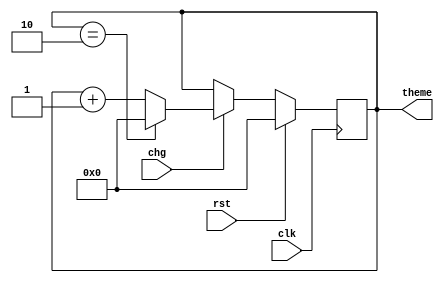
`timescale 1ns / 1ps
//////////////////////////////////////////////////////////////////////////////////
// Company: 
// Engineer: 
// 
// Design Name: 
// Module Name: vga_theme_ctrl
// Project Name: 
// Target Devices: 
// Tool Versions: 
// Description: 
// 
// Dependencies: 
// 
// Revision:
// Revision 0.01 - File Created
// Additional Comments:
// 
//////////////////////////////////////////////////////////////////////////////////


// 2'b00 dark 2'b01 bright 2'b10 costum

module vga_theme_ctrl(clk, rst, chg, theme);
input clk, rst, chg;
output reg [3:0] theme;

reg [3:0]n_theme;

always@(posedge clk) begin
    if(rst == 1'b1) 
        theme <= 0;
    else
        theme <= n_theme;
end

always@(*) begin
    if(chg == 1'b1) begin
        n_theme = (theme == 2)? 0: theme + 1;
    end
    else begin
        n_theme = theme;
    end
end

endmodule